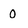
Character: 0